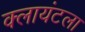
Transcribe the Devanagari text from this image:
क्लायंटला